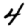
Digit: 4